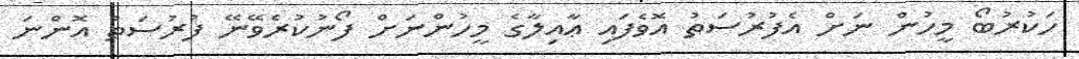
ހަކުރުބޯ މީހުން ނަށް އެފުރުސަތު އޮވެފައި ޢާއިލާގެ މީހުންނަށް ފޯނުކުރެވޭނޭ ފުރުސަތު އޮންނަ